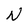
Character: N